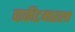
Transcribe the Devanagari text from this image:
पाकीटमाराला